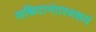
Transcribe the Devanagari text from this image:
सच्चिदानंदस्वरूपं